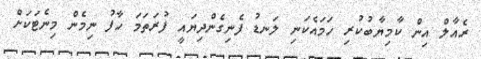
ރެއާލް އިން ކާމިޔާބުކުރި ހަމައެކަނި ލަނޑު ފެނިގެންދިޔައީ ފުރަތަމަ ހާފު ނިމެން މިނެޓަކަށް